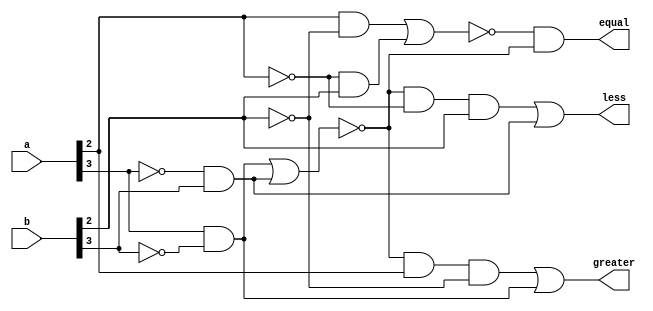
`timescale 1ns / 1ps
//////////////////////////////////////////////////////////////////////////////////
// Company: 
// Engineer: 
// 
// Design Name: 
// Module Name: comparator_4bit_data
// Project Name: 
// Target Devices: 
// Tool Versions: 
// Description: 
// 
// Dependencies: 
// 
// Revision:
// Revision 0.01 - File Created
// Additional Comments:
// 
//////////////////////////////////////////////////////////////////////////////////

module comp_data(a,b,equal,greater,less);

output equal;
output greater;
output less;

input [3:0] a;
input [3:0] b;
assign greater = ~(a[3] & ~b[3] | ~a[3] & b[3]) & a[2] & ~b[2] | a[3] & ~b[3];
assign equal = ~(a[2] & ~b[2] | ~a[2] & b[2]) & ~(a[3] & ~b[3] | ~a[3] & b[3]);
assign less = ~(a[3] & ~b[3] | ~a[3] & b[3]) & ~a[2] & b[2] | ~a[3] & b[3];
endmodule